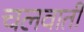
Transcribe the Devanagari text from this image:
चलवाती